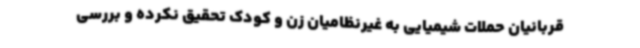
قربانیان حملات شیمیایی به غیرنظامیان زن و کودک تحقیق نکرده و بررسی